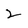
Character: 2